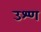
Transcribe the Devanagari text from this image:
उश्ण